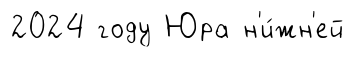
2024 году Юра н'и́жн'ей